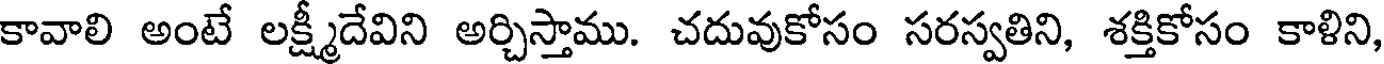
కావాలి అంటే లక్ష్మీదేవిని అర్చిస్తాము. చదువుకోసం సరస్వతిని, శక్తికోసం కాళిని